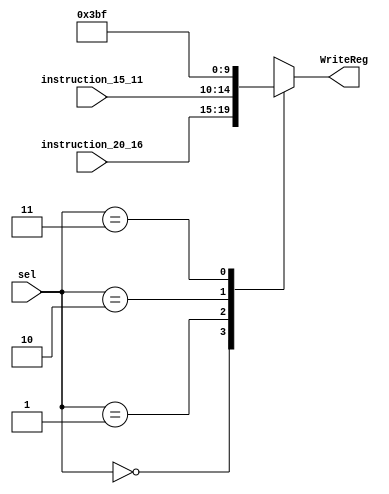
module mux_regdst(
  input wire [1:0] sel,
  input wire [4:0] instruction_20_16, // rt
  input wire [4:0] instruction_15_11, // rd
  output reg [4:0] WriteReg
);
  
  always@(*) begin
    case (sel)
      2'b00: WriteReg = instruction_20_16; // rt
      2'b01: WriteReg = instruction_15_11; // rd
      2'b10: WriteReg = 5'b11101; //reg 29
      2'b11: WriteReg = 5'b11111; //reg 31
    endcase
  end
endmodule